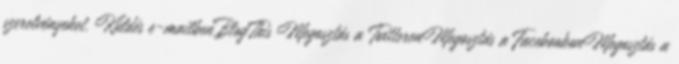
szerelvényeket. Küldés e-mailbenBlogThis Megosztás a TwitterenMegosztás a FacebookonMegosztás a